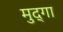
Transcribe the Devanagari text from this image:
मुद्गा